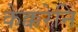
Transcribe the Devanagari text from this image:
केक्करेनि